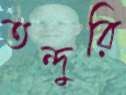
তন্দুরি